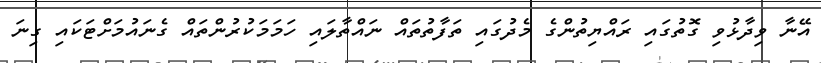
އޭނާ ވިދާޅުވި ގޮތުގައި ރައްޔިތުންގެ މެދުގައި ތަފާތުތައް ނައްތާލައި ހަމަމަކުރުންތައް ގެނައުމަށްޓަކައި ގިނަ